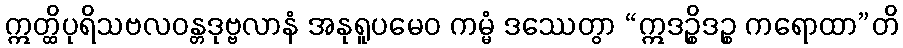
ဣတ္ထိပုရိသဗလဝန္တဒုဗ္ဗလာနံ အနုရူပမေဝ ကမ္မံ ဒဿေတွာ “ဣဒဉ္စိဒဉ္စ ကရောထာ”တိ